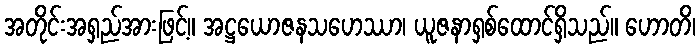
အတိုင်းအရှည်အားဖြင့်။ အဋ္ဌယောဇနသဟေဿာ၊ ယူဇနာရှစ်ထောင်ရှိသည်။ ဟောတိ၊